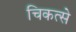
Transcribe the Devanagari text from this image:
चिकत्से